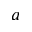
a